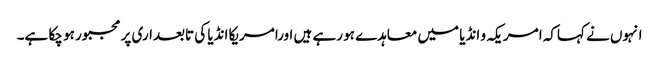
انہوں نے کہاکہ امریکہ و انڈیا میں معاہدے ہو رہے ہیں اورامریکا انڈیا کی تابعداری پر مجبور ہو چکا ہے۔